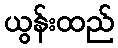
ယွန်းထည်